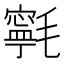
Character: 㲰